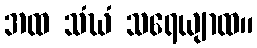
အထ သံဃံ သရေယျာထ။